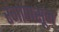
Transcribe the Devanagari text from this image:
रंगांपासून